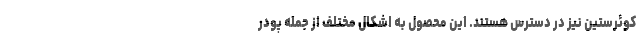
کوئرستین نیز در دسترس هستند. این محصول به اشکال مختلف از جمله پودر